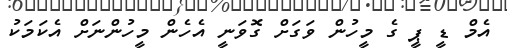
އެމް ޑީ ޕީ ގެ މީހުން ވަގަށް ގޮވަނީ އެހެން މީހުންނަށް އެކަމަކު